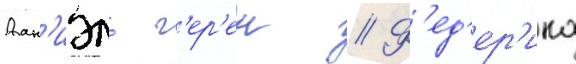
Дан'иэль г'ер'ен // Ф'ед'ер'ика